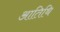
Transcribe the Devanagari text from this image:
आतिथि